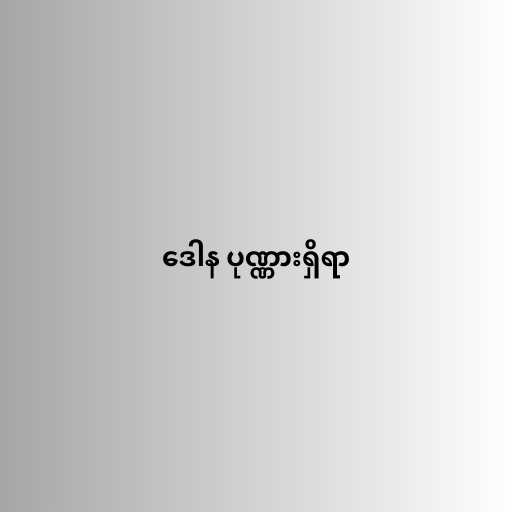
ဒေါန ပုဏ္ဏားရှိရာ